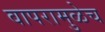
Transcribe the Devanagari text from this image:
वापरामुळेच